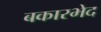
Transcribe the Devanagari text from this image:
बकारभेद